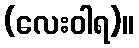
(လေးဝါရ)။